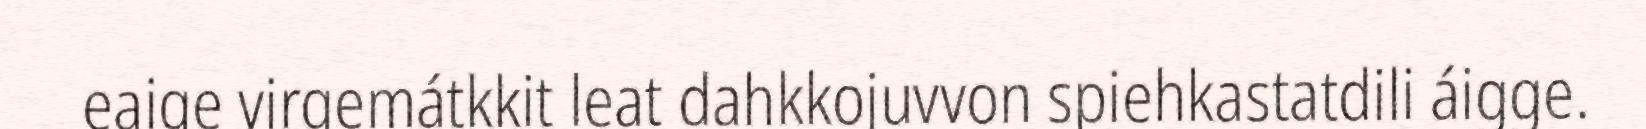
eaige virgemátkkit leat dahkkojuvvon spiehkastatdili áigge.